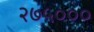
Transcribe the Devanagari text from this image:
२७५०००